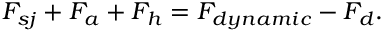
F _ { s j } + F _ { a } + F _ { h } = F _ { d y n a m i c } - F _ { d } .